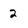
Character: 2